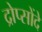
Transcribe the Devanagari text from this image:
द्रोप्सोंदे